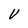
Character: V